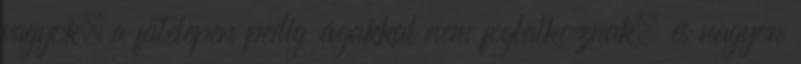
vagyok, a fatelepen pedig ágakkal nem foglalkoznak, és nagyon